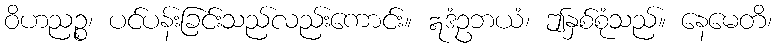
ဝိဟညဉ္စ၊ ပင်ပန်းခြင်းသည်လည်းကောင်း။ ဣဒံဥဘယံ၊ ဤနှစ်စုံသည်။ နေမေတိ၊